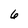
Character: 6